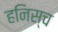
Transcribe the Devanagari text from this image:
हनिस्च